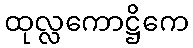
ထုလ္လကောဋ္ဌိကေ